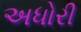
અધોરી